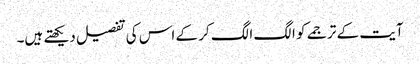
آیت کے ترجمے کو الگ الگ کر کے اس کی تفصیل دیکھتے ہیں۔